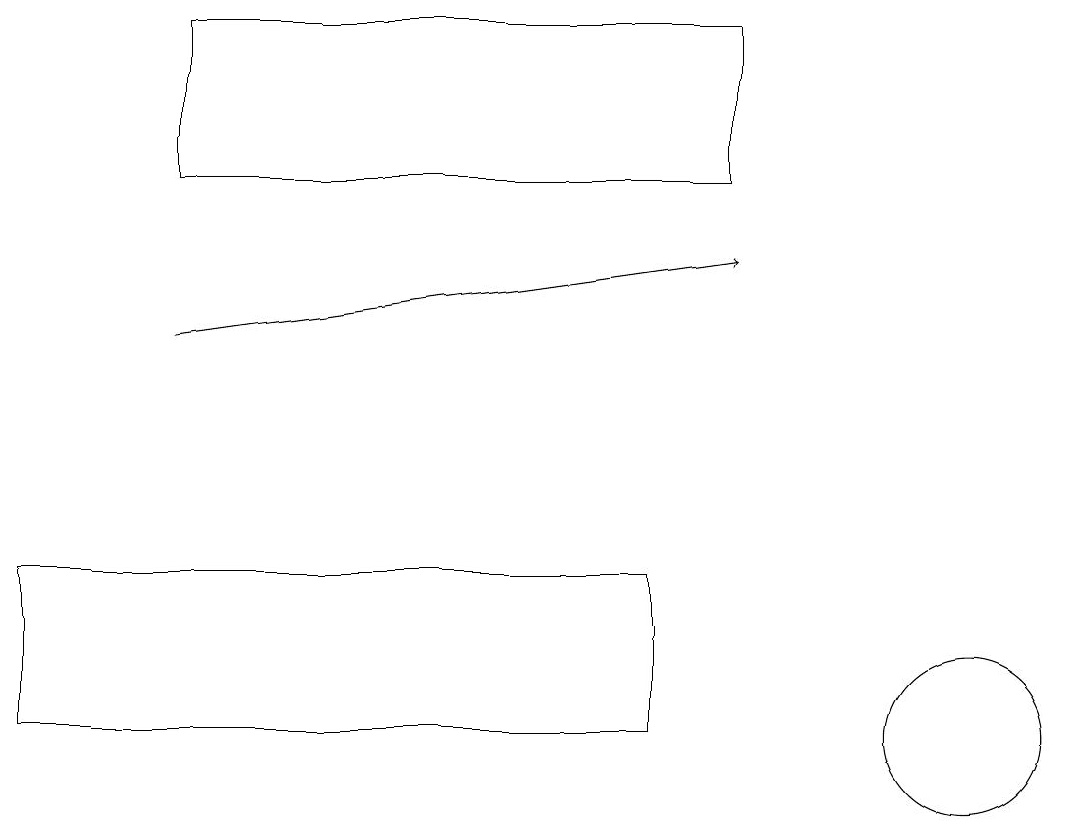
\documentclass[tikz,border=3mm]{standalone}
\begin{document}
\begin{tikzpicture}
\draw (12,10) circle (1);
\draw[->] (2,15) -- (9,16);
\draw (8,10) rectangle (0,12);
\draw (2,12) rectangle (0,12);
\draw (9,17) rectangle (2,19);
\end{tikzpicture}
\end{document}